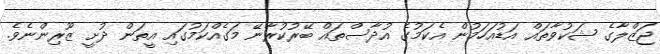
ޖަޒްލާގެ ޝަކުވާތައް އަޑުއަހަމުން އެކަމުގެ އުދާސްތައް ބޭރުކުރާނޭ މަގެއްކަމުގައި އީތަން ދުށީ ޒޫރިންނެވެ.